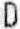
D